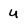
Character: u